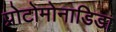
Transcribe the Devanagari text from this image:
प्रोटोमोनाडिडा